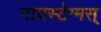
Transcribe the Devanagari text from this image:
नायस्‍टेग्‍मस्